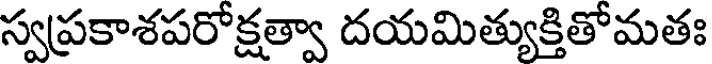
స్వప్రకాశపరోక్షత్వా దయమిత్యుక్తితోమతః